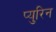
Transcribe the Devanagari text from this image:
प्युरिन